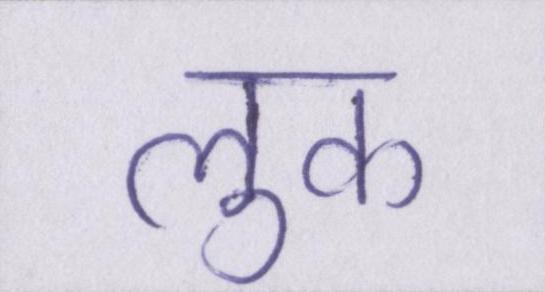
लुक